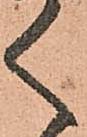
く